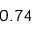
0 . 7 4